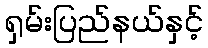
ရှမ်းပြည်နယ်နှင့်